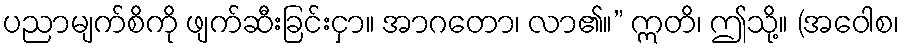
ပညာမျက်စိကို ဖျက်ဆီးခြင်းငှာ။ အာဂတော၊ လာ၏။” ဣတိ၊ ဤသို့။ (အဝေါစ၊